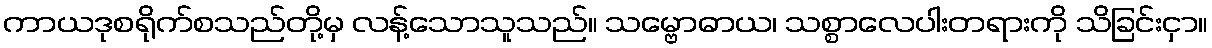
ကာယဒုစရိုက်စသည်တို့မှ လန့်သောသူသည်။ သမ္ဗောဓာယ၊ သစ္စာလေပါးတရားကို သိခြင်းငှာ။